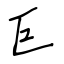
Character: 巨